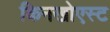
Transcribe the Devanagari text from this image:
किनखोएस्ट